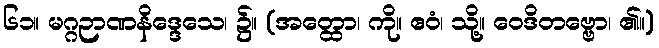
၆၁။ မဂ္ဂဉာဏနိဒ္ဒေသေ၊ ၌။ (အတ္ထော၊ ကို။ ဧဝံ၊ သို့။ ဝေဒိတဗ္ဗော၊ ၏။)